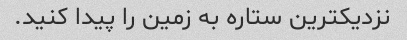
نزدیکترین ستاره به زمین را پیدا کنید.